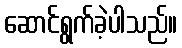
ဆောင်ရွက်ခဲ့ပါသည်။